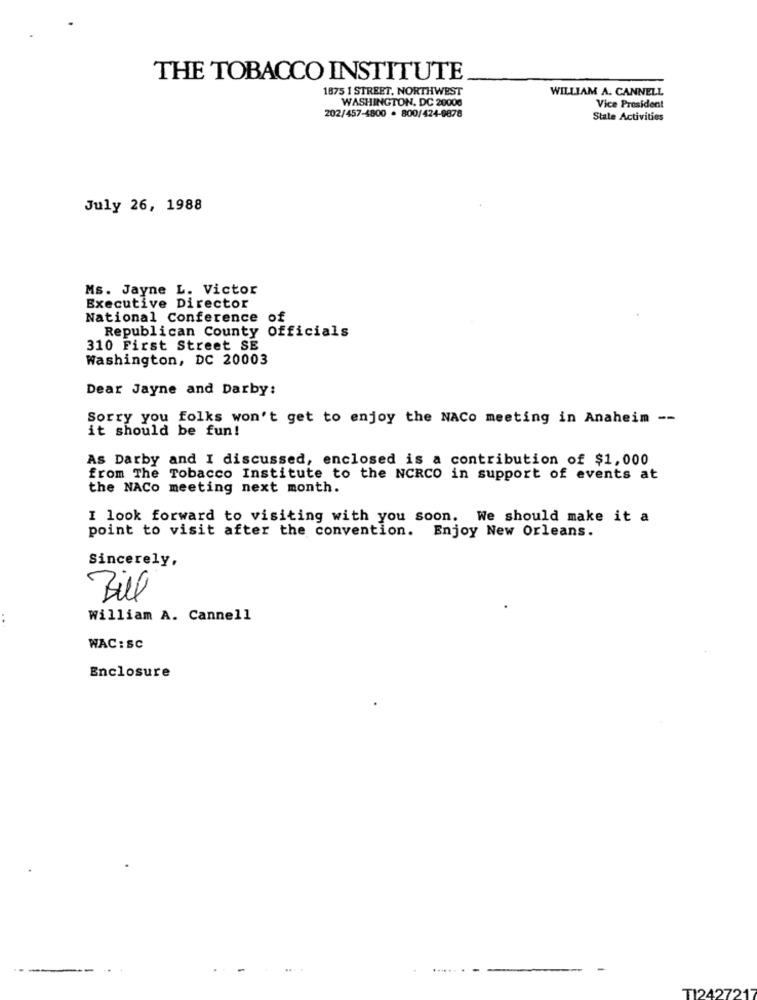
THE TOBACCO INSTITUTE
1875 1 STREET, NORTHWEST
WILLIAM A. CANNELL
WASHINGTON, DC 20000
Vice President
202/457-4800 · 800/424-9878
State Activities
July 26, 1988
Ms. Jayne L. Victor
Executive Director
National Conference of
Republican County Officials
310 First Street SE
Washington, DC 20003
Dear Jayne and Darby:
Sorry you folks won't get to enjoy the NACo meeting in Anaheim --
it should be fun!
As Darby and I discussed, enclosed is a contribution of $1,000
from The Tobacco Institute to the NCRCO in support of events at
the NACo meeting next month.
I look forward to visiting with you soon. We should make it a
point to visit after the convention. Enjoy New Orleans.
Sincerely,
Bill
William A. Cannell
WAC: SC
Enclosure
TI2427217